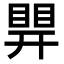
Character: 𥈪